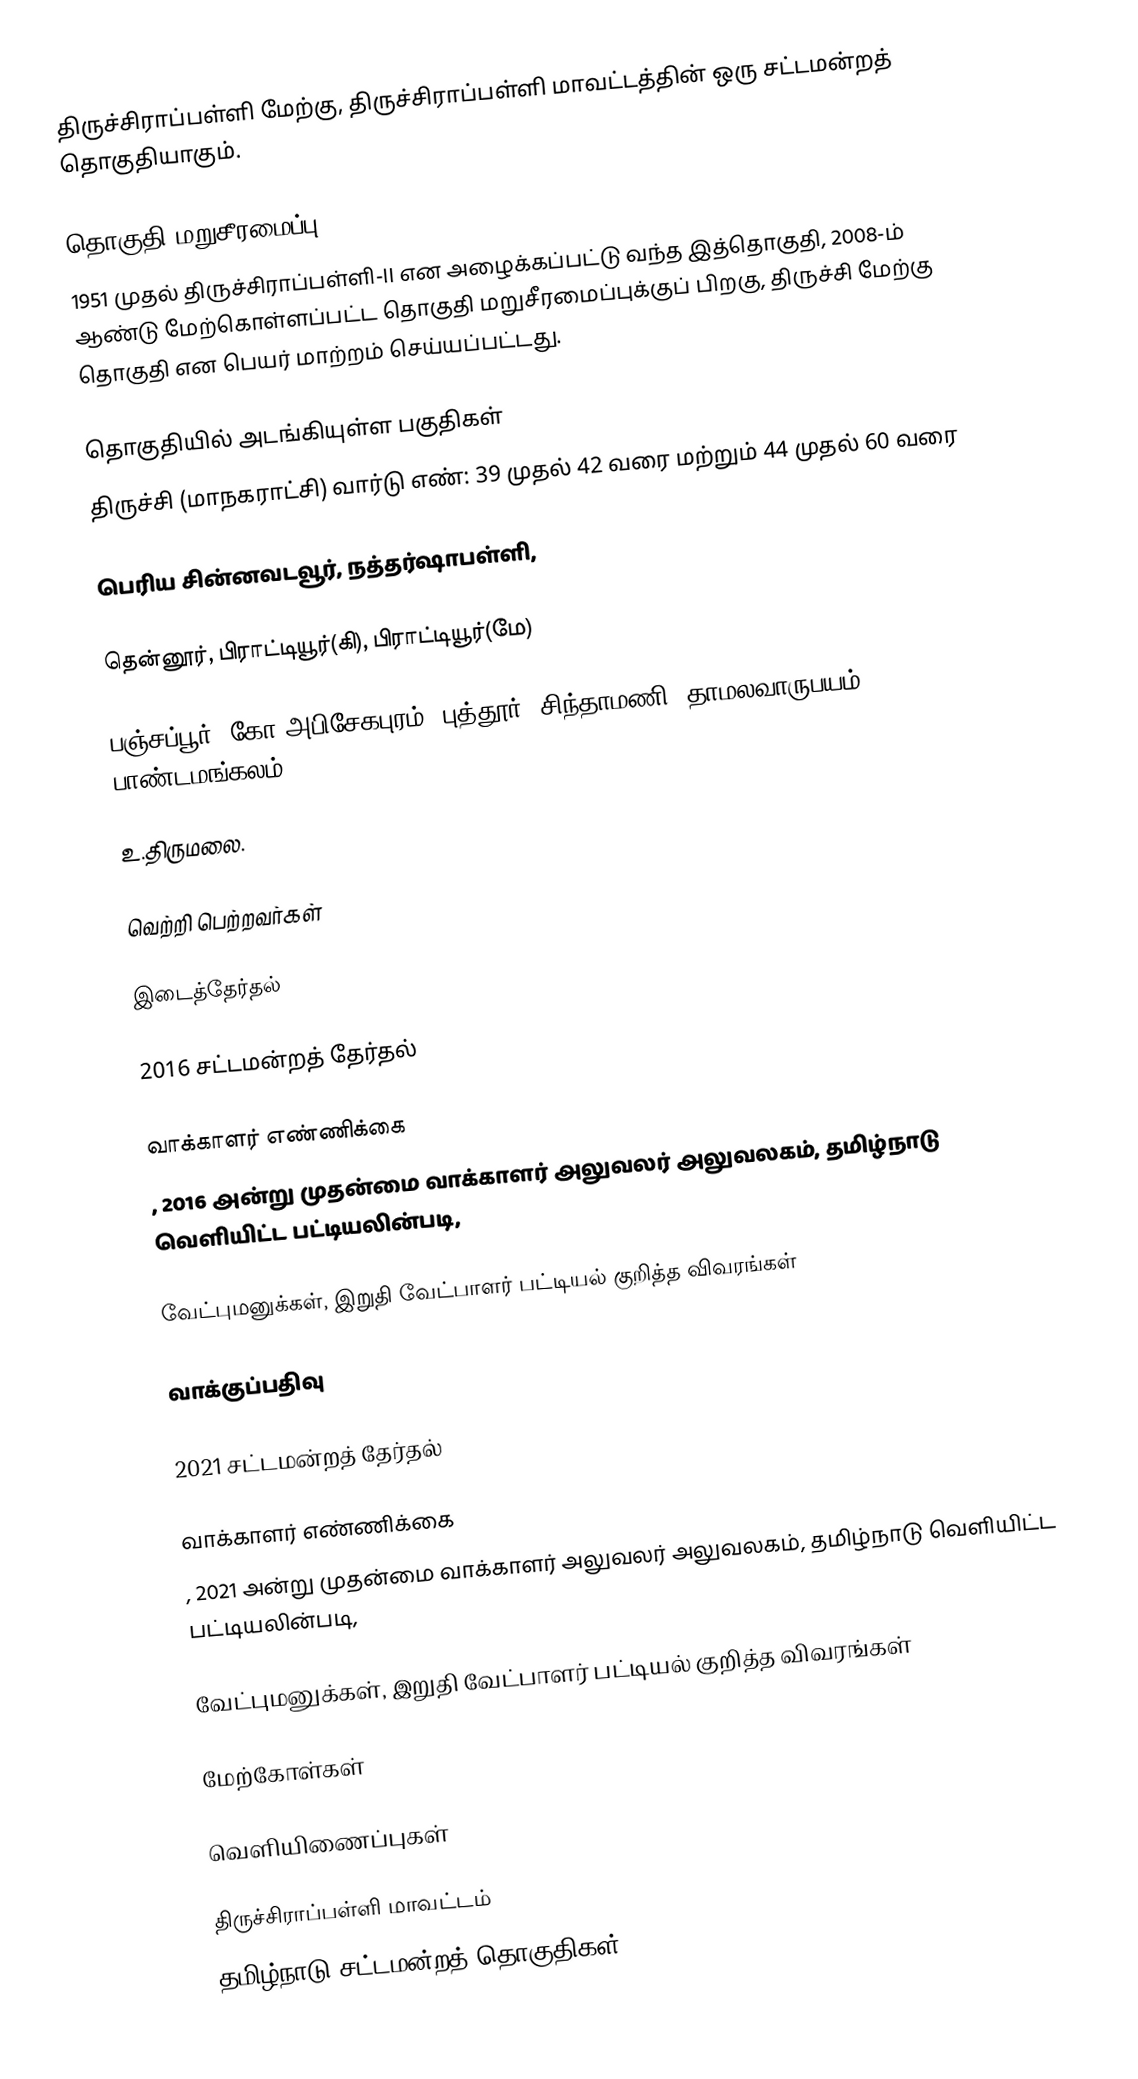
திருச்சிராப்பள்ளி மேற்கு, திருச்சிராப்பள்ளி மாவட்டத்தின் ஒரு சட்டமன்றத் தொகுதியாகும்.

தொகுதி மறுசீரமைப்பு
1951 முதல் திருச்சிராப்பள்ளி-II  என அழைக்கப்பட்டு வந்த இத்தொகுதி, 2008-ம் ஆண்டு மேற்கொள்ளப்பட்ட தொகுதி மறுசீரமைப்புக்குப் பிறகு, திருச்சி மேற்கு  தொகுதி என பெயர் மாற்றம் செய்யப்பட்டது.

தொகுதியில் அடங்கியுள்ள பகுதிகள்
திருச்சி (மாநகராட்சி) வார்டு எண்: 39 முதல் 42 வரை மற்றும் 44 முதல் 60 வரை

பெரிய சின்னவடவூர், நத்தர்ஷாபள்ளி,

தென்னூர், பிராட்டியூர்(கி), பிராட்டியூர்(மே)

பஞ்சப்பூர், கோ அபிசேகபுரம், புத்தூர், சிந்தாமணி, தாமலவாருபயம், பாண்டமங்கலம்

உ.திருமலை.

வெற்றி பெற்றவர்கள்

 இடைத்தேர்தல்

2016 சட்டமன்றத் தேர்தல்

வாக்காளர் எண்ணிக்கை
, 2016 அன்று முதன்மை வாக்காளர் அலுவலர் அலுவலகம், தமிழ்நாடு வெளியிட்ட பட்டியலின்படி,

வேட்புமனுக்கள், இறுதி வேட்பாளர் பட்டியல் குறித்த விவரங்கள்

வாக்குப்பதிவு

2021 சட்டமன்றத் தேர்தல்

வாக்காளர் எண்ணிக்கை
, 2021 அன்று முதன்மை வாக்காளர் அலுவலர் அலுவலகம், தமிழ்நாடு வெளியிட்ட பட்டியலின்படி,

வேட்புமனுக்கள், இறுதி வேட்பாளர் பட்டியல் குறித்த விவரங்கள்

மேற்கோள்கள்

வெளியிணைப்புகள்

திருச்சிராப்பள்ளி மாவட்டம்
தமிழ்நாடு சட்டமன்றத் தொகுதிகள்